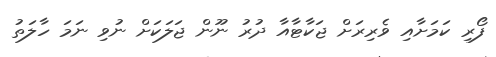
ފޯރި ކަމަށާއި ވެރިރަށް ޖަކާޓާއާ ދުރު ނޫން ޖަލަކަށް ނުވި ނަމަ ހާލަތު